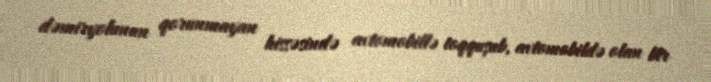
dəmiryolunun qorunmayan hissəsində avtomobillə toqquşub, avtomobildə olan bir